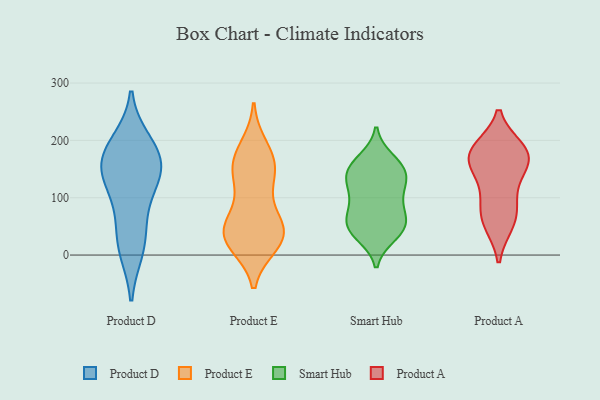
{"axis": {"x": "Headcount", "y": "Value"}, "legend": ["Product A", "Product D", "Product E", "Smart Hub"], "data": [{"x": "", "y": 159, "type": "Product D"}, {"x": "", "y": 136, "type": "Product D"}, {"x": "", "y": 165, "type": "Product D"}, {"x": "", "y": 19, "type": "Product D"}, {"x": "", "y": 185, "type": "Product D"}, {"x": "", "y": 10, "type": "Product D"}, {"x": "", "y": 147, "type": "Product D"}, {"x": "", "y": 113, "type": "Product D"}, {"x": "", "y": 64, "type": "Product D"}, {"x": "", "y": 196, "type": "Product D"}, {"x": "", "y": 187, "type": "Product E"}, {"x": "", "y": 139, "type": "Product E"}, {"x": "", "y": 152, "type": "Product E"}, {"x": "", "y": 121, "type": "Product E"}, {"x": "", "y": 33, "type": "Product E"}, {"x": "", "y": 160, "type": "Product E"}, {"x": "", "y": 34, "type": "Product E"}, {"x": "", "y": 30, "type": "Product E"}, {"x": "", "y": 32, "type": "Product E"}, {"x": "", "y": 169, "type": "Product E"}, {"x": "", "y": 70, "type": "Product E"}, {"x": "", "y": 20, "type": "Product E"}, {"x": "", "y": 45, "type": "Product E"}, {"x": "", "y": 48, "type": "Product E"}, {"x": "", "y": 45, "type": "Smart Hub"}, {"x": "", "y": 166, "type": "Smart Hub"}, {"x": "", "y": 154, "type": "Smart Hub"}, {"x": "", "y": 60, "type": "Smart Hub"}, {"x": "", "y": 128, "type": "Smart Hub"}, {"x": "", "y": 158, "type": "Smart Hub"}, {"x": "", "y": 46, "type": "Smart Hub"}, {"x": "", "y": 82, "type": "Smart Hub"}, {"x": "", "y": 124, "type": "Smart Hub"}, {"x": "", "y": 62, "type": "Smart Hub"}, {"x": "", "y": 44, "type": "Smart Hub"}, {"x": "", "y": 141, "type": "Smart Hub"}, {"x": "", "y": 35, "type": "Smart Hub"}, {"x": "", "y": 140, "type": "Smart Hub"}, {"x": "", "y": 89, "type": "Smart Hub"}, {"x": "", "y": 108, "type": "Smart Hub"}, {"x": "", "y": 177, "type": "Product A"}, {"x": "", "y": 133, "type": "Product A"}, {"x": "", "y": 55, "type": "Product A"}, {"x": "", "y": 57, "type": "Product A"}, {"x": "", "y": 183, "type": "Product A"}, {"x": "", "y": 97, "type": "Product A"}, {"x": "", "y": 78, "type": "Product A"}, {"x": "", "y": 158, "type": "Product A"}, {"x": "", "y": 185, "type": "Product A"}, {"x": "", "y": 174, "type": "Product A"}, {"x": "", "y": 165, "type": "Product A"}]}